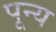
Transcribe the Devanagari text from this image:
पून्य